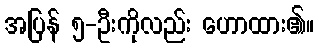
အပြန် ၅-ဦးကိုလည်း ဟောထား၏။